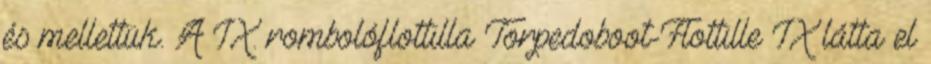
és mellettük. A IX. rombolóflottilla Torpedoboot-Flottille IX látta el